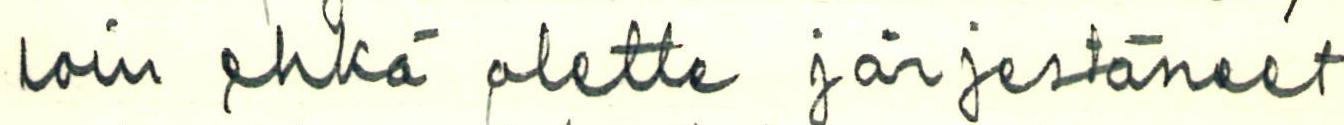
loin ehkä olette järjestäneet